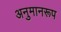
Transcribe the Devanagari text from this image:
अनुमानरूप